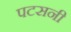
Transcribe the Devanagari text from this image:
पटसनी